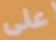
على